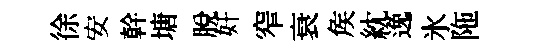
徐安幹塘脫奸窄衰矦紞𨓜氷陁